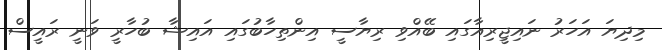
މިދިޔަ އަހަރު ނައިޖީރިއާގައި ބޭއްވި ރިޔާސީ އިންތިހާބުގައި އައިޝާ ބުހާރީ ވަނީ ރައީސް